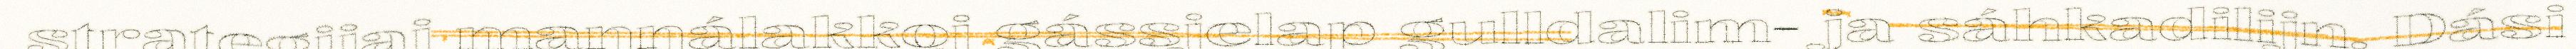
strategijaj maŋŋálakkoj gássjelap gulldalim- ja sáhkadilijn. Dási